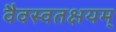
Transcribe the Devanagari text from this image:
वैवस्वतक्षयम्